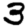
Digit: 3